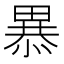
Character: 𭻥